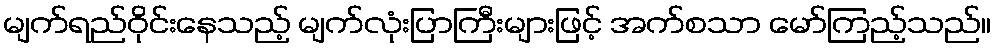
မျက်ရည်ဝိုင်းနေသည့် မျက်လုံးပြာကြီးများဖြင့် အက်စသာ မော်ကြည့်သည်။